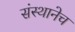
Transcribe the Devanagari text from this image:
संस्थानेच